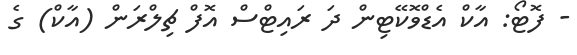
- ފޮޓޯ: އާކް އެޑްވޮކޭޓިން ދަ ރައިޓްސް އޮފް ޗިލްރަން (އާކް) ގެ